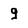
Character: q